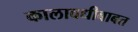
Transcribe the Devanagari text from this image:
कालावधीबाबत